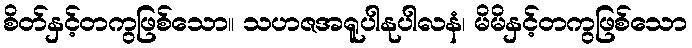
စိတ်နှင့်တကွဖြစ်သော။ သဟဇအရူပါနုပါလနံ၊ မိမိနှင့်တကွဖြစ်သော